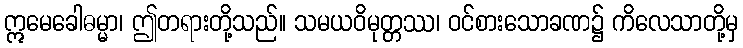
ဣမေခေါဓမ္မာ၊ ဤတရားတို့သည်။ သမယဝိမုတ္တဿ၊ ဝင်စားသောခဏ၌ ကိလေသာတို့မှ